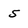
Character: 5